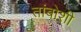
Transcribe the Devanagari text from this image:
तांबोशी